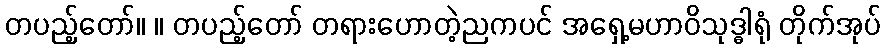
တပည့်တော်။ ။ တပည့်တော် တရားဟောတဲ့ညကပင် အရှေ့မဟာဝိသုဒ္ဓါရုံ တိုက်အုပ်